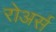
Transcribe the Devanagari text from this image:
रोअर्स